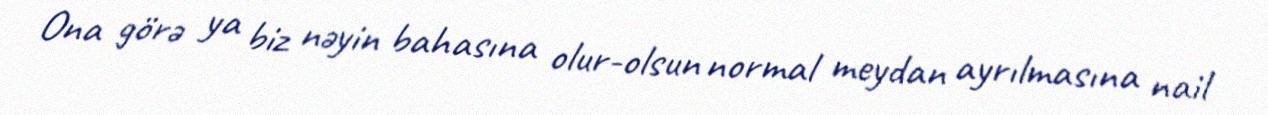
Ona görə ya biz nəyin bahasına olur-olsun normal meydan ayrılmasına nail